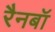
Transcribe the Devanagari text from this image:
रैनबॉ